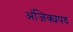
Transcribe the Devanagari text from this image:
अंजिक्यपद